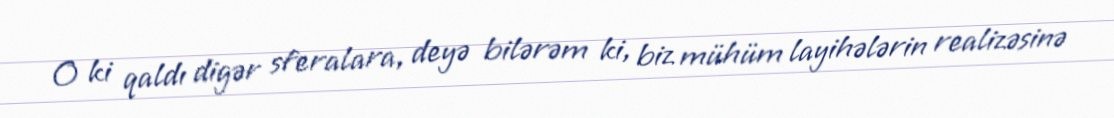
O ki qaldı digər sferalara, deyə bilərəm ki, biz mühüm layihələrin realizəsinə